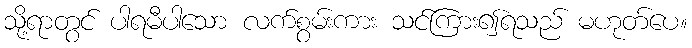
သို့ရာတွင် ပါရမီပါသော လက်စွမ်းကား သင်ကြား၍ရသည် မဟုတ်ပေ။